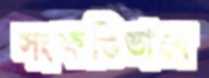
সংক্ষপ্তিভাবে